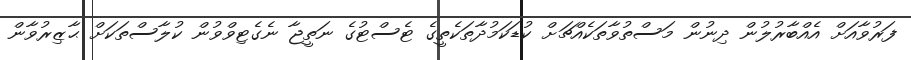
ފަރުވާއަށް އެއްބާރުލުން ދިނުން މަސްތުވާތަކެއްޗަށް ކުޑަކަމުދާތަކެތީގެ ޓެސްޓުގެ ނަތީޖާ ނެގެޓިވްވުން ކުލާސްތަކަށް ޙާޒިރުވާން